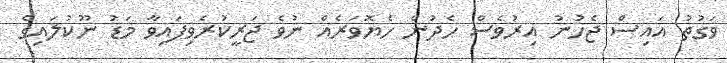
ވަގުތު އައިސް ޖެހުނު އިރުވެސް ހެދުން ހެޔޮވަރެއް ނުވެ ޖަރީކުރެވިފައިވާ މަޑު ނޫކުލައިގެ